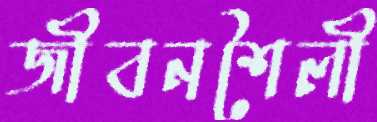
জীবনশৈলী